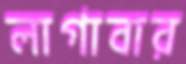
লাগাবার